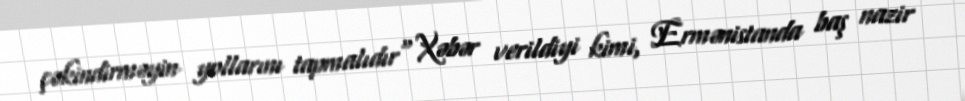
çəkindirməyin yollarını tapmalıdır" Xəbər verildiyi kimi, Ermənistanda baş nazir